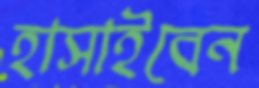
হাসাইবেন